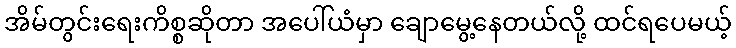
အိမ်တွင်းရေးကိစ္စဆိုတာ အပေါ်ယံမှာ ချောမွေ့နေတယ်လို့ ထင်ရပေမယ့်